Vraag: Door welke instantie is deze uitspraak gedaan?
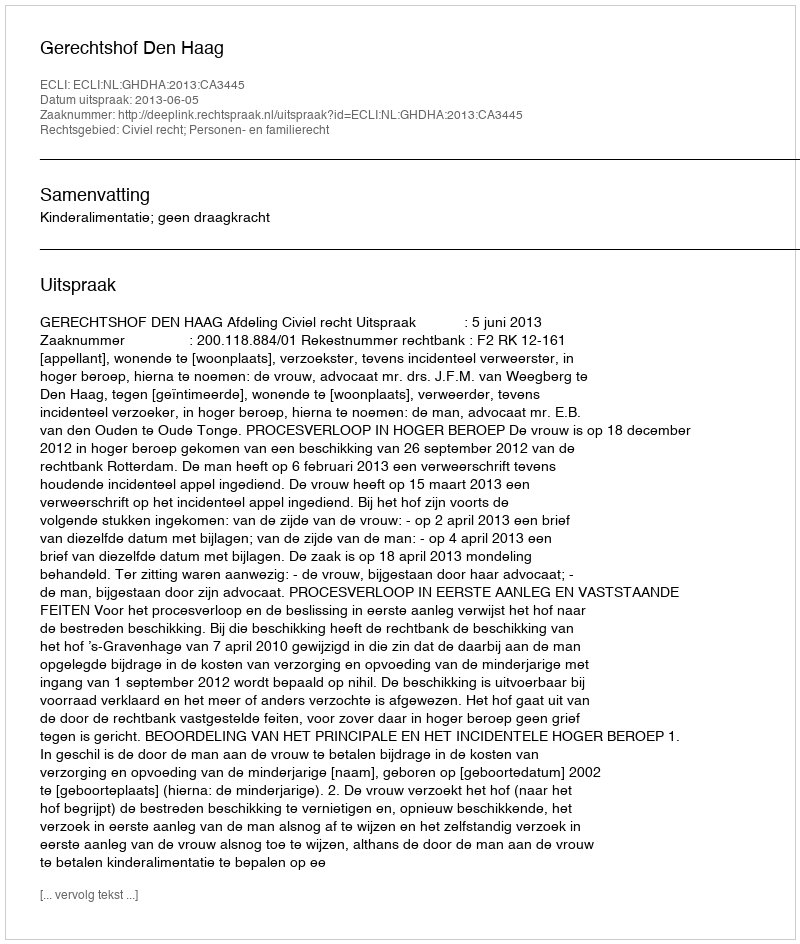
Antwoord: Gerechtshof Den Haag